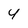
Character: 4